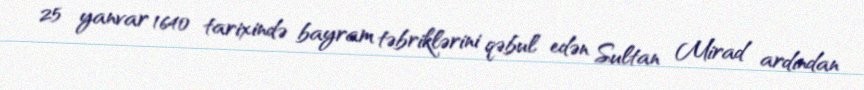
25 yanvar 1640 tarixində bayram təbriklərini qəbul edən Sultan Mirad ardından